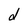
Character: d